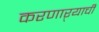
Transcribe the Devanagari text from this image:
करणाऱ्याची